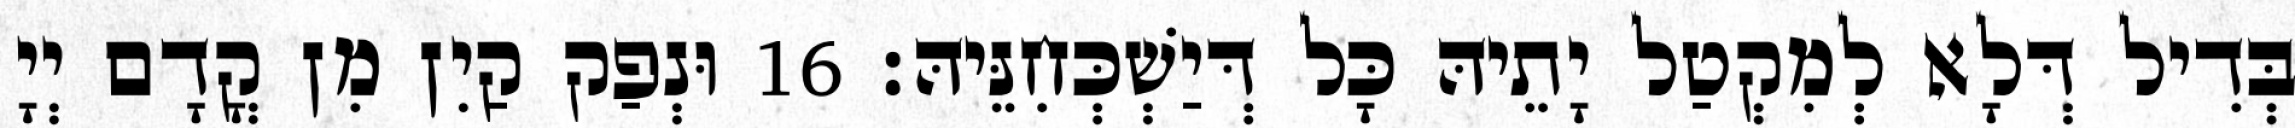
בְּדִיל דְּלָא לְמִקְטַל יָתֵיהּ כָּל דְּיַשְׁכְּחִנֵּיהּ׃ 16 וּנְפַק קַיִן מִן קֳדָם יְיָ